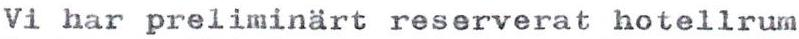
Vi har preliminärt reserverat hotellrum